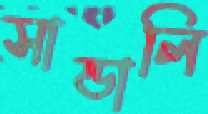
সান্ডালি